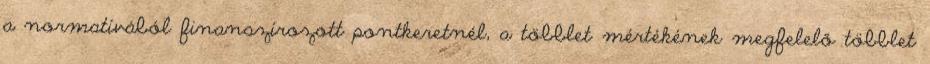
a normatívából finanszírozott pontkeretnél, a többlet mértékének megfelelő többlet